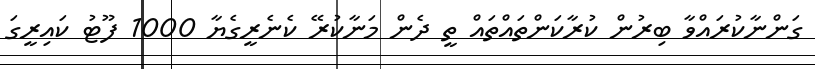
ގަންނާކުރައްވާ ބިރުން ކުރާކަންތައްތައް ތީ ދެން މަނާކުރޭ ކެނެރީގެޔާ 1000 ފޫޓު ކައިރީގަ